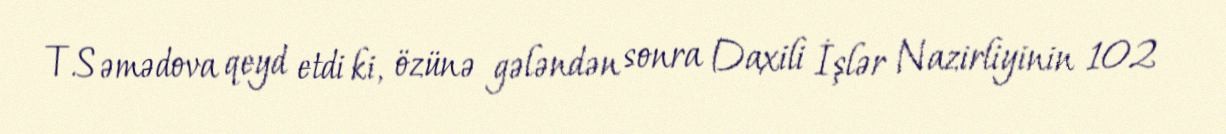
T.Səmədova qeyd etdi ki, özünə gələndən sonra Daxili İşlər Nazirliyinin 102